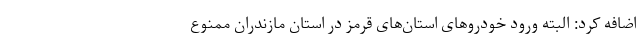
اضافه کرد: البته ورود خودروهای استان‌های قرمز در استان مازندران ممنوع